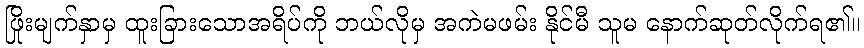
ဖြိုးမျက်နှာမှ ထူးခြားသောအရိပ်ကို ဘယ်လိုမှ အကဲမဖမ်း နိုင်မီ သူမ နောက်ဆုတ်လိုက်ရ၏။